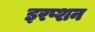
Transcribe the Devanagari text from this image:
इरप्शन